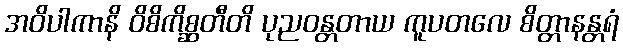
အဝိပါကာနိ ဝိစိကိစ္ဆတီတိ ပုညဝန္တတာယ ကူပတလေ စိတ္တာနန္တရံ